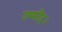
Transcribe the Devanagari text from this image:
उम्मीद।